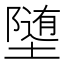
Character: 𫝡